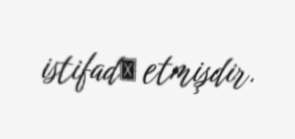
istifadә etmişdir.